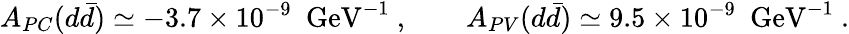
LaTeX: A_{PC}(d\bar{d})\simeq-3.7\times 10^{-9}\enspace\mathrm{GeV}^{-1}~,\qquad A_{PV}(d\bar{d})\simeq 9.5\times 10^{-9}\enspace\mathrm{GeV}^{-1}~.